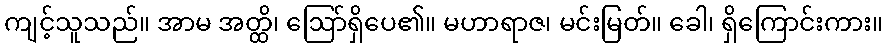
ကျင့်သူသည်။ အာမ အတ္ထိ၊ ဩော်ရှိပေ၏။ မဟာရာဇ၊ မင်းမြတ်။ ခေါ၊ ရှိကြောင်းကား။